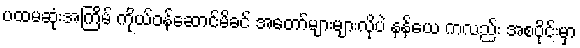
ပထမဆုံးအကြိမ် ကိုယ်ဝန်ဆောင်မိခင် အတော်များများလိုပဲ နန်ယေ ကလည်း အစပိုင်းမှာ